Civil Veterinary Department Bihar & Orissa reports 1929-36 - 1929-1936
Year: 1929
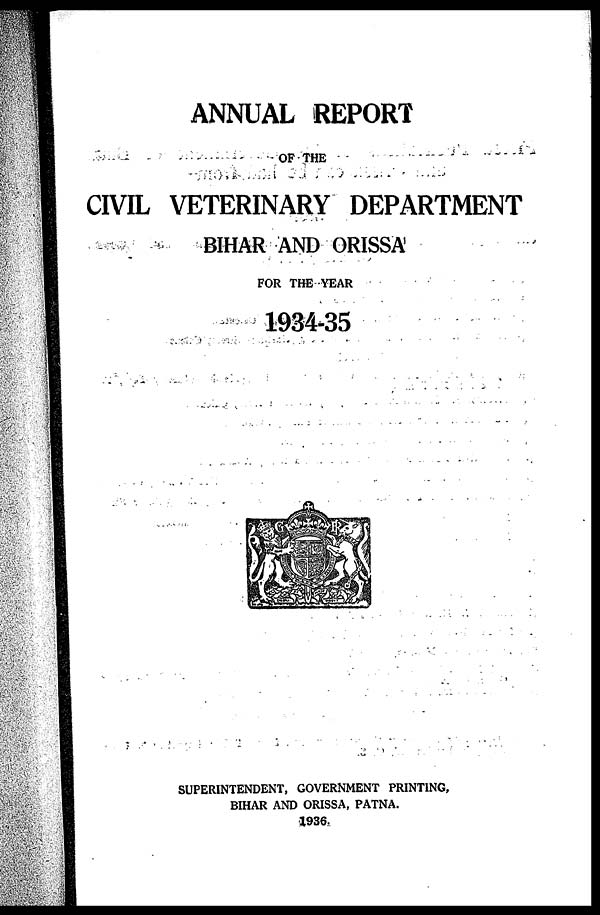
ANNUAL REPORT
OF THE
CIVIL VETERINARY DEPARTMENT
BIHAR AND ORISSA
FOR THE YEAR
1934-35
SUPERINTENDENT, GOVERNMENT PRINTING,
BIHAR AND ORISSA, PATNA.
1936.